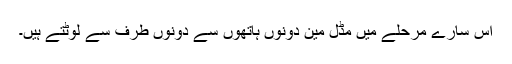
اس سارے مرحلے میں مڈل مین دونوں ہاتھوں سے دونوں طرف سے لوٹتے ہیں۔